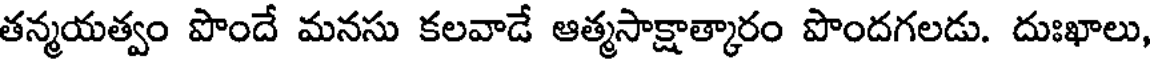
తన్మయత్వం పొందే మనసు కలవాడే ఆత్మసాక్షాత్కారం పొందగలడు. దుఃఖాలు,